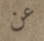
عن